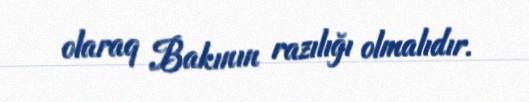
olaraq Bakının razılığı olmalıdır.